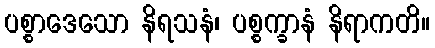
ပစ္စာဒေသော နိရသနံ၊ ပစ္စက္ခာနံ နိရာကတိ။